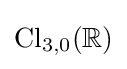
\operatorname {Cl} _{3,0}(\mathbb {R} )